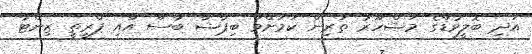
އަދި ބޮލީވުޑްގެ މަޝްހޫރު ތަރިން ކަމަށްވާ ބިޕާޝާ ބާސޫ އާއި ޕްރީތީ ޒިންޓާ